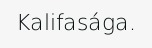
Kalifasága.